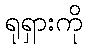
ရုရှားကို